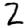
Digit: 2